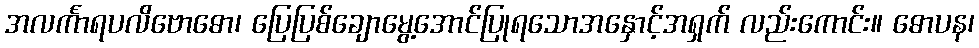
အလင်္ကာရပလိဗောဓော၊ ပြေပြစ်ချောမွေ့အောင်ပြုရသောအနှောင့်အရှက် လည်းကောင်း။ ဓောပန၊